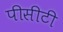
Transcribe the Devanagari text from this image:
पीसीटी